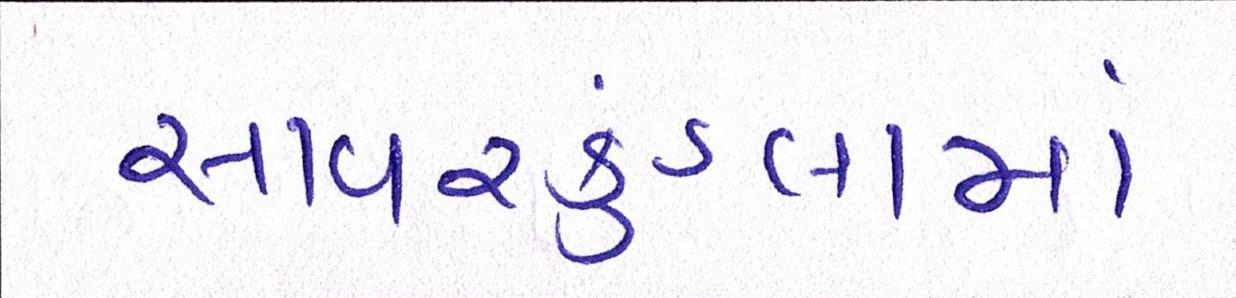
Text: સાવરકુંડલામાં